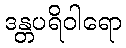
ဒန္တပရိဝါရော